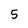
Character: 5